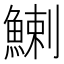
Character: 鯻